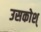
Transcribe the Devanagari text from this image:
उसकोश्